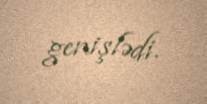
genişlədi.